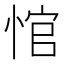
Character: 悺